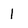
Character: 1